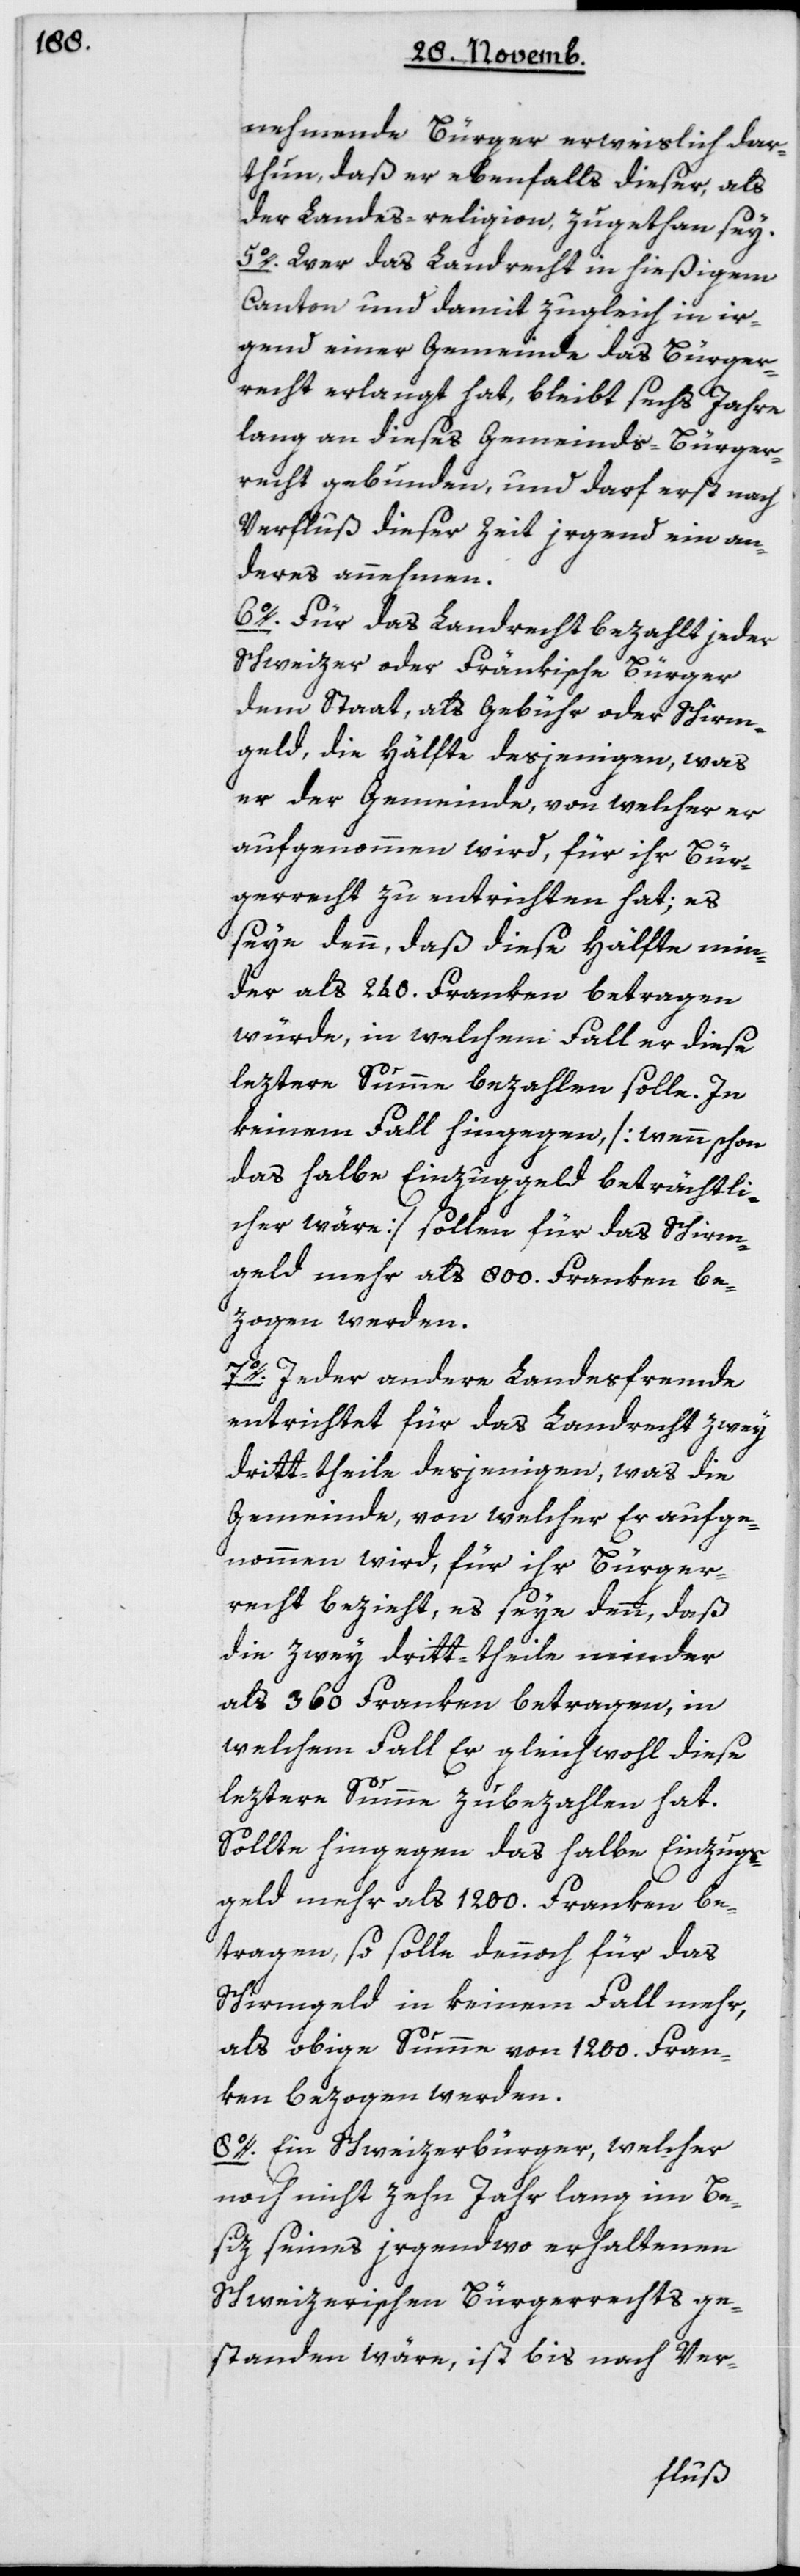
nehmende Bürger erweislich dar¬
thun, daß er ebenfalls dieser, als
des Landes Religion zugethan sey.
5. Wer das Landrecht in hießigem
Canton und damit zugleich in ir¬
gend einer Gemeinde das Bürger¬
recht erlangt hat, bleibt sechs Jahre
lang an dieses Gemeinds-Bürger¬
recht gebunden, und darf erst nach
Verfluß dieser Zeit irgend ein an¬
deres annehmen.
6. Für das Landrecht bezahlt jeder
Schweizer oder Fränkische Bürger
dem Staat, als Gebühr oder Schirm¬
geld, die Häfte desjenigen, was
er der Gemeinde, von welcher er
aufgenommen wird, für ihr Bür¬
gerrecht zu entrichten hat; es
seye denn, daß diese Hälfte min¬
der als 240 Franken betragen
würde, in welchem Fall er diese
leztere Summe bezahlen solle. In
keinem Fall hingegen [wenn schon
das halbe Einzugsgeld beträchtli¬
cher wäre] sollen für das Schirm¬
geld mehr als 800 Franken be¬
zogen werden.
7. Jeder andere Landesfremde
entrichtet für das Landrecht zwey
Dritt-theile desjenigen, was die
Gemeinde, von welcher Er aufge¬
nommen wird, für ihr Bürger¬
recht bezieht, es seye denn, daß
die zwey Dritt-theile minder
als 360 Franken betragen, in
welchem Fall Er gleichwohl diese
leztere Summe zu bezahlen hat.
Sollte hingegen das halbe Einzugs¬
geld mehr als 1200 Franken be¬
tragen, so solle dennoch für das
Schirmgeld in keinem Fall mehr,
als obige Summe von 1200 Fran¬
ken bezogen werden.
8. Ein Schweizerbürger, welcher
noch nicht zehn Jahr lang in Be¬
sitz seines irgendwo erhaltenen
schweizerischen Bürgerrechts ge¬
standen wäre, ist bis nach Ver-